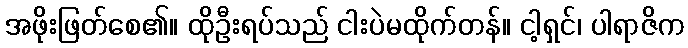
အဖိုးဖြတ်စေ၏။ ထိုဦးရပ်သည် ငါးပဲမထိုက်တန်။ ငါ့ရှင်၊ ပါရာဇိက